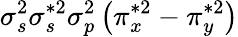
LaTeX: \sigma_{s}^{2}\sigma_{s}^{*2}\sigma_{p}^{2}\left(\pi_{x}^{*2}-\pi_{y}^{*2}\right)